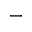
_ -